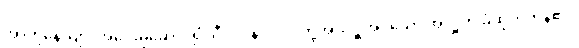
အာဟုနေယျာ၊ အဝေးမှဆောင်၍သီလဝန်ပုဂ္ဂိုလ်တို့အားလှူအပ်သော အလှူကို ခံထိုက်ကုန်၏။